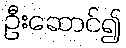
ဦးဆောင်၍